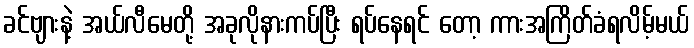
ခင်ဗျားနဲ့ အယ်လီမေတို့ အခုလိုနားကပ်ပြီး ရပ်နေရင် တော့ ကားအကြိတ်ခံရလိမ့်မယ်